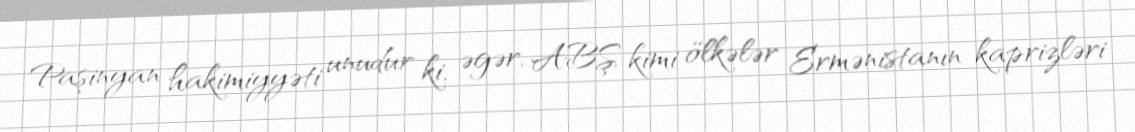
Paşinyan hakimiyyəti unudur ki, əgər, ABŞ kimi ölkələr Ermənistanın kaprizləri